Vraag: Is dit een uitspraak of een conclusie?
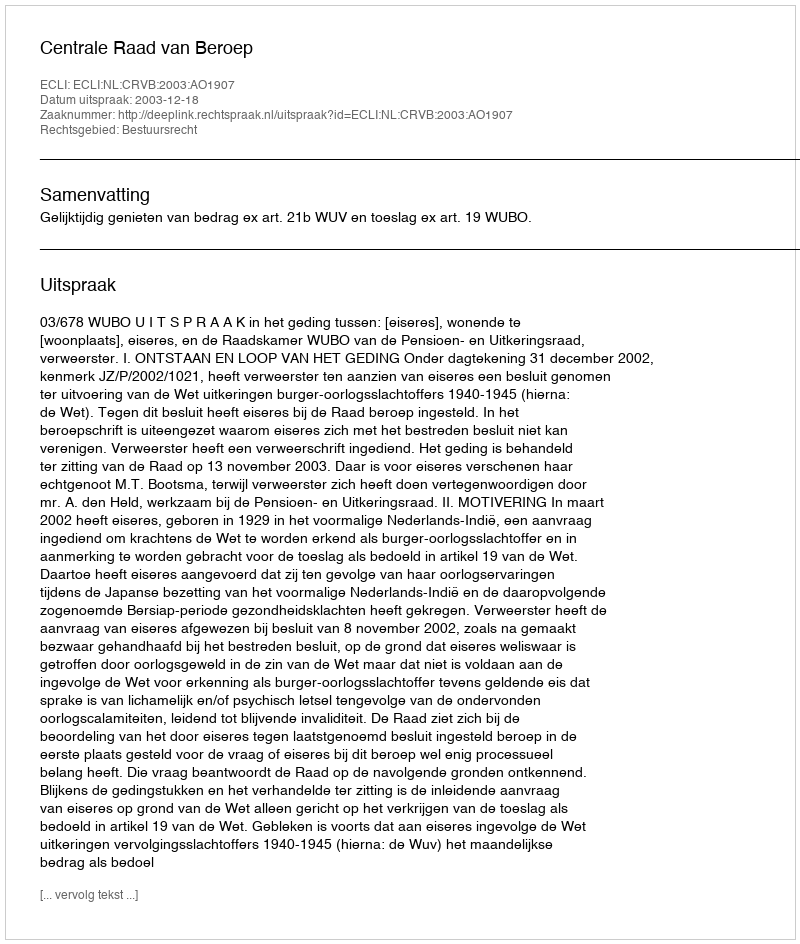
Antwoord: Uitspraak